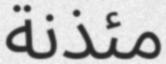
مئذنة